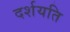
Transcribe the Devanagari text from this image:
दर्शयति